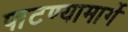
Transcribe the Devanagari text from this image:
पाटण्यामार्गे